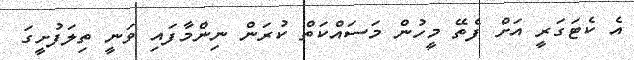
އެ ކެޓަގަރީ އަށް ފެތޭ މީހުން މަސައްކަތް ކުރަން ނިންމާފައި ވަނީ ތިލަފުށީގަ